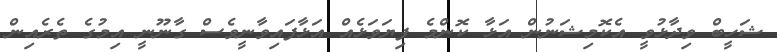
ޝަހީބް ވިދާޅުވީ އެކޮމިޝަނުން އަޅާ ކޮންމެ ފިޔަވަޅެއް އަޅާފައިވާނީވެސް ގާނޫނީ އިމުގެ ތެރެއިން